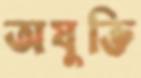
অযুক্তি